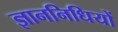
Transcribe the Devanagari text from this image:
ज्ञाननिधियों